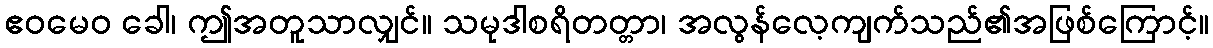
ဧဝမေဝ ခေါ၊ ဤအတူသာလျှင်။ သမုဒါစရိတတ္တာ၊ အလွန်လေ့ကျက်သည်၏အဖြစ်ကြောင့်။